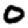
Digit: 0